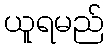
ယူရမည်